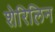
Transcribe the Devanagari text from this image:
शेरिलिन